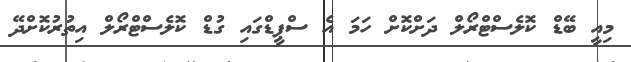
މިއީ ބޭޑް ކޮލެސްޓްރޯލް ދަށްކޮށް ހަމަ އެ ސްޕީޑްގައި ގުޑް ކޮލެސްޓްރޯލް އިތުރުކޮށްދޭ